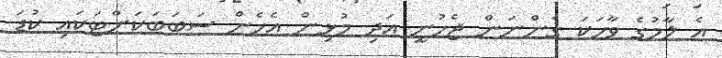
އެ ލާމުގެ ވާހަކަ ގެންނަން ޖެހުނީ އަދި މުޅިން އެހެން ސަބަބަކަށްޓަކައި ކުޑަ